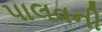
પાલવની